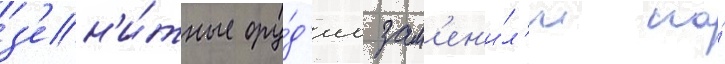
з'ен'и́тные ору́д'иа зам'ен'и́л'и на́